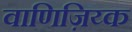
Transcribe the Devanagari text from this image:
वाणिज़िय्क